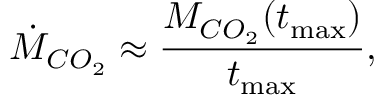
\centering \dot { M } _ { C O _ { 2 } } \approx \frac { M _ { C O _ { 2 } } ( t _ { \mathrm { m a x } } ) } { t _ { \mathrm { m a x } } } ,